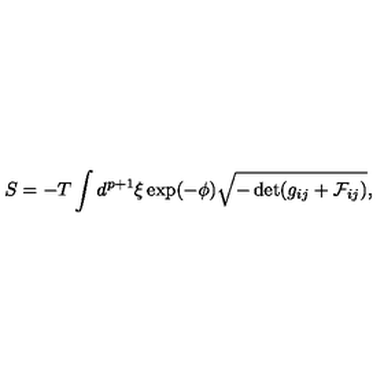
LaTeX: S = - T \int d ^ { p + 1 } \xi \exp ( - \phi ) \sqrt { - \det ( g _ { i j } + { \cal F } _ { i j } ) } ,